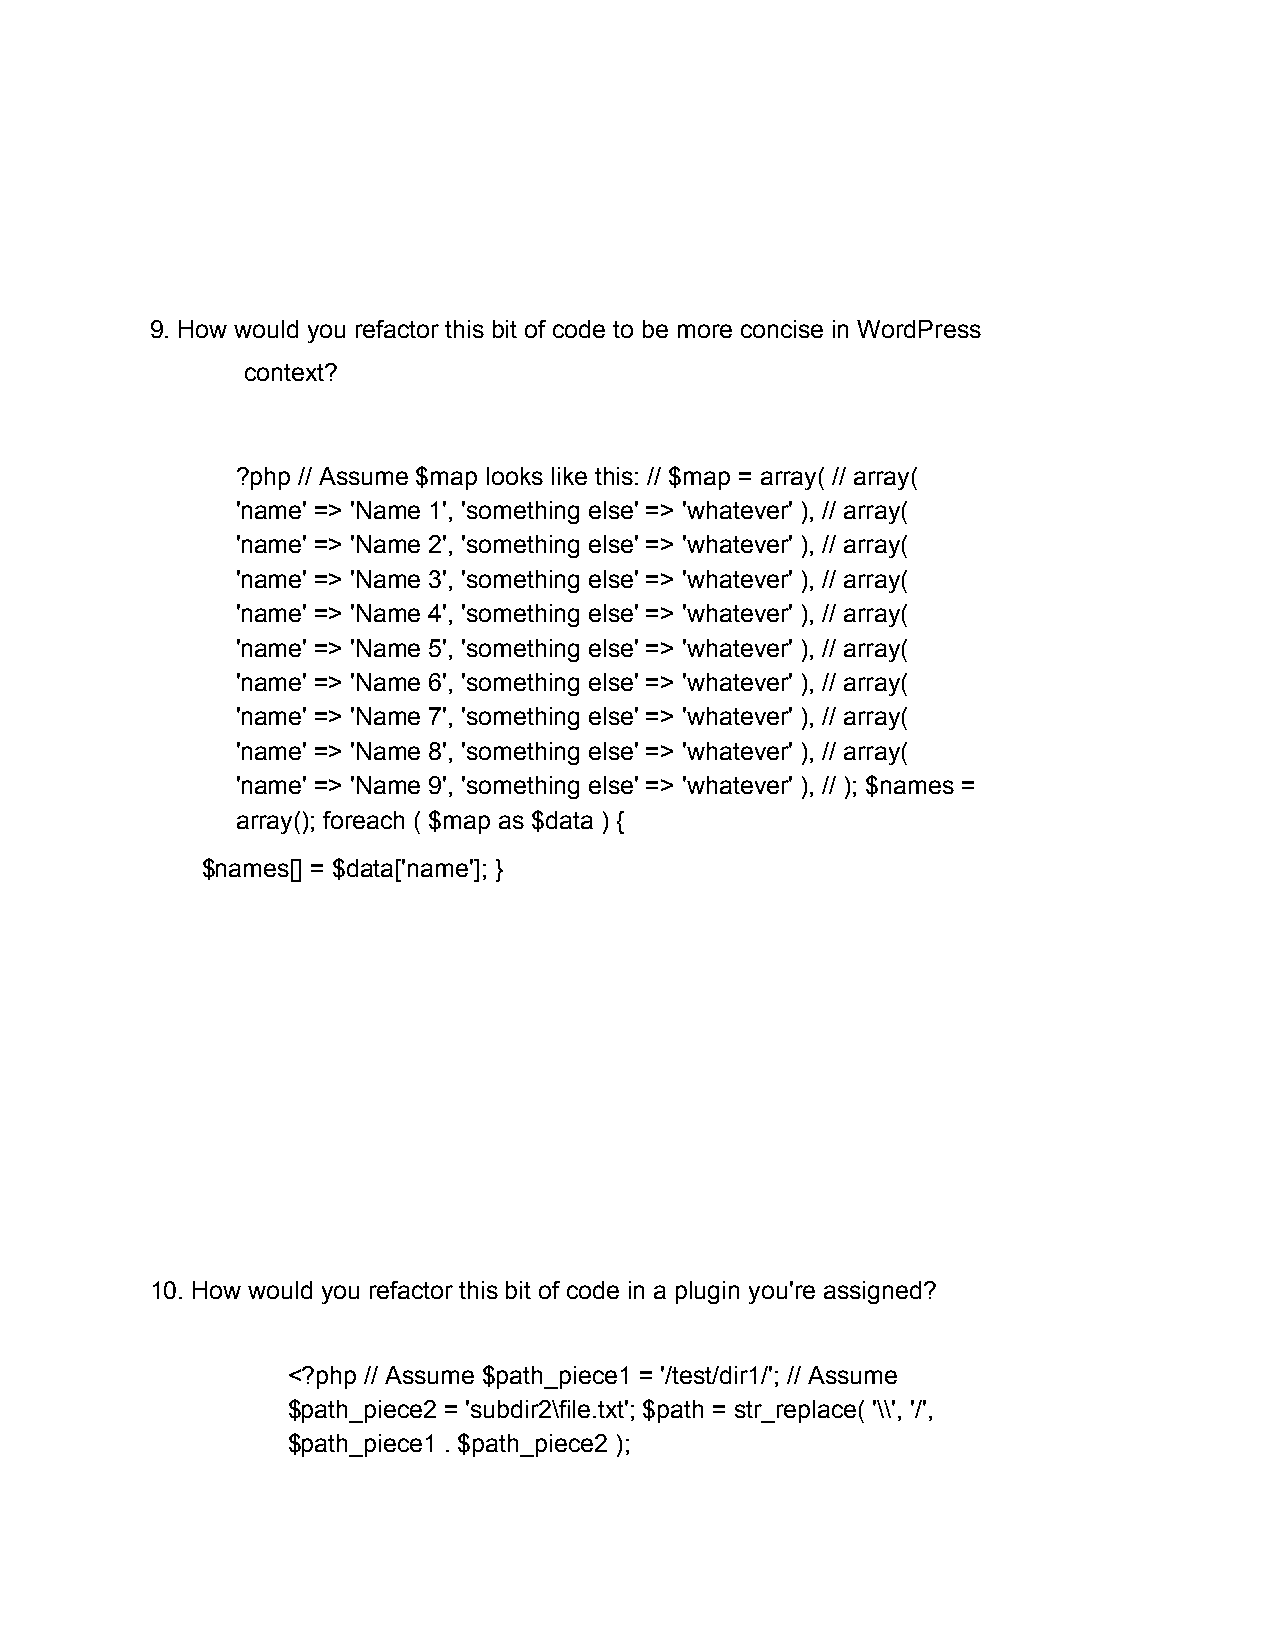
9. How would you refactor this bit of code to be more concise in WordPress
 context?
 ?php // Assume $map looks like this: // $map = array( // array(
 'name' => 'Name 1', 'something else' => 'whatever' ), // array(
 'name' => 'Name 2', 'something else' => 'whatever' ), // array(
 'name' => 'Name 3', 'something else' => 'whatever' ), // array(
 'name' => 'Name 4', 'something else' => 'whatever' ), // array(
 'name' => 'Name 5', 'something else' => 'whatever' ), // array(
 'name' => 'Name 6', 'something else' => 'whatever' ), // array(
 'name' => 'Name 7', 'something else' => 'whatever' ), // array(
 'name' => 'Name 8', 'something else' => 'whatever' ), // array(
 'name' => 'Name 9', 'something else' => 'whatever' ), // ); $names =
 array(); foreach ( $map as $data ) {
 $names[] = $data['name']; }
 10. How would you refactor this bit of code in a plugin you're assigned?
 <?php // Assume $path_piece1 = '/test/dir1/'; // Assume
 $path_piece2 = 'subdir2\file.txt'; $path = str_replace( '\\', '/',
 $path_piece1 . $path_piece2 );